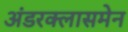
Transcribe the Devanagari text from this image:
अंडरक्लासमेन